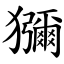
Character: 獼